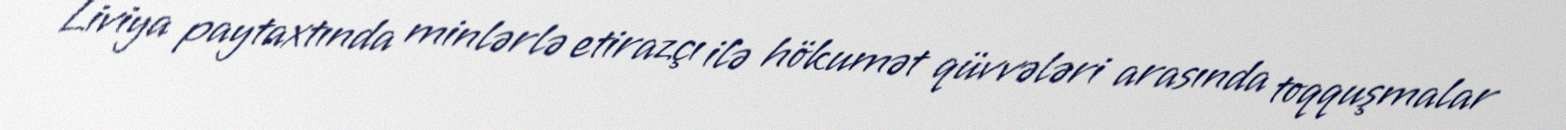
Liviya paytaxtında minlərlə etirazçı ilə hökumət qüvvələri arasında toqquşmalar